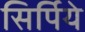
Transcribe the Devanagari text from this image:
सिर्पिये